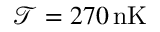
\mathcal { T } = 2 7 0 \, \mathrm { { n K } }